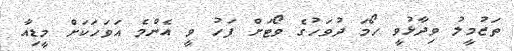
ތަޒުމީލު ވިދާޅުވީ ހޯމަ ދުވަހުގެ ވޯޓަށް ފަހު ވީ އެންމެ އަވަހަކަށް މީޑިއާ